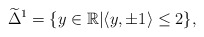
\begin{align*} \widetilde{\Delta}^1 =\{y\in\mathbb{R}|&\langle y,\pm1\rangle\leq2 \},\end{align*}